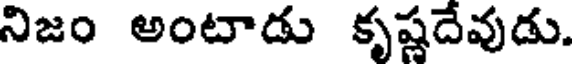
నిజం అంటాడు కృష్ణదేవుడు.